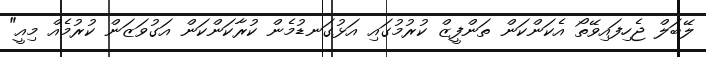
ލޭބަލް ޖެހިފައިވޭތޯ އެކަންކަން ތަންފީޒް ކުރުމުގައި އަޅުގަނޑުމެން ކުރާކަންކަން އަގުވަޒަން ކުރުމެއް މިއީ"